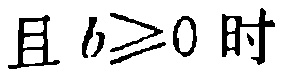
且 \(b\geq0\) 时